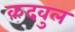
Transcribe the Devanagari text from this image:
कदवुल